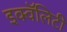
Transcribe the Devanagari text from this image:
इक्वॅलिटी